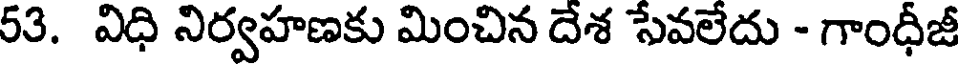
53. విధి నిర్వహణకు మించిన దేశ సేవలేదు - గాంధీజీ